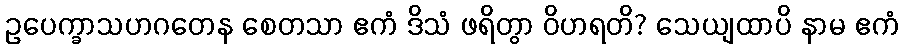
ဥပေက္ခာသဟဂတေန စေတသာ ဧကံ ဒိသံ ဖရိတွာ ဝိဟရတိ? သေယျထာပိ နာမ ဧကံ